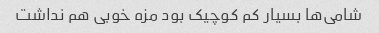
شامی‌ها بسیار کم کوچیک بود مزه خوبی هم نداشت